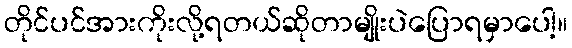
တိုင်ပင်အားကိုးလို့ရတယ်ဆိုတာမျိုးပဲပြောရမှာပေါ့။